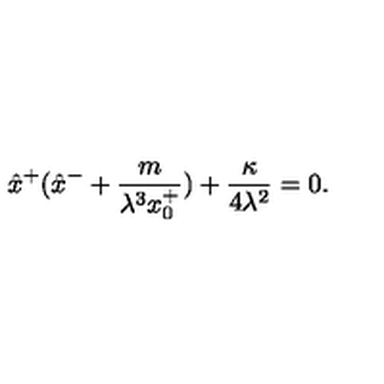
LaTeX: \hat { x } ^ { + } ( \hat { x } ^ { - } + \frac { m } { \lambda ^ { 3 } x _ { 0 } ^ { + } } ) + \frac { \kappa } { 4 \lambda ^ { 2 } } = 0 .